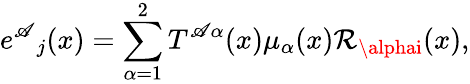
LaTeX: {e^{\mathscr{A}}}_{j}(x)=\sum_{\alpha=1}^{2}T^{\mathscr{A}\alpha}(x)\mu_{\alpha}(x){\cal\mathcal{R}}_{\alphai}(x),